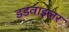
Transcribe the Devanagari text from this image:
डडवाइलर